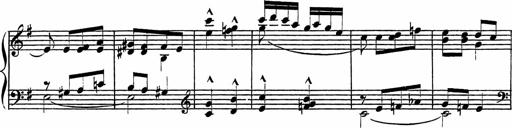
Title: Piano Sonatinas
Composer: Charles Fradel